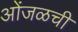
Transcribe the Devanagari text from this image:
ओंजळची